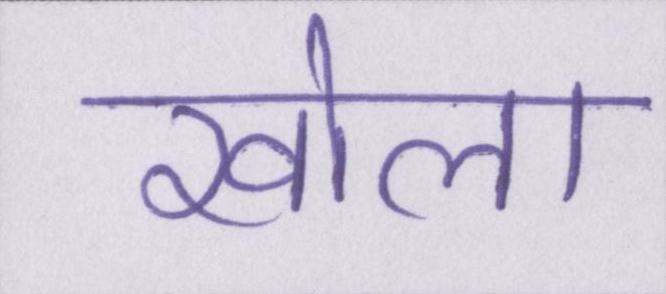
खोला